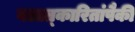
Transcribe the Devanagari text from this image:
बलात्‍कारितांपैकी